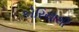
કોરિયાથી